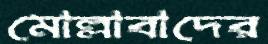
মোল্লাবাদের